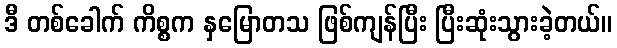
ဒီ တစ်ခေါက် ကိစ္စက နှမြောတသ ဖြစ်ကျန်ပြီး ပြီးဆုံးသွားခဲ့တယ်။